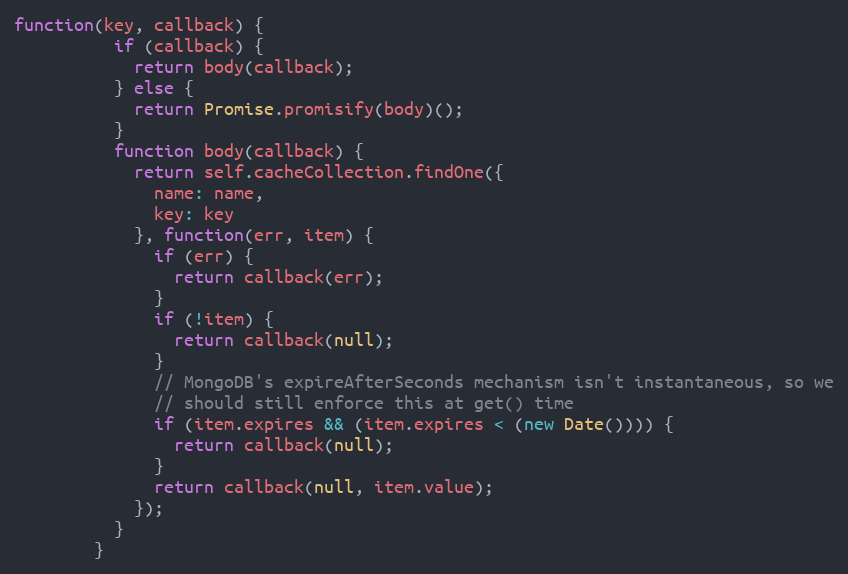
Language: JavaScript
function(key, callback) {
          if (callback) {
            return body(callback);
          } else {
            return Promise.promisify(body)();
          }
          function body(callback) {
            return self.cacheCollection.findOne({
              name: name,
              key: key
            }, function(err, item) {
              if (err) {
                return callback(err);
              }
              if (!item) {
                return callback(null);
              }
              // MongoDB's expireAfterSeconds mechanism isn't instantaneous, so we
              // should still enforce this at get() time
              if (item.expires && (item.expires < (new Date()))) {
                return callback(null);
              }
              return callback(null, item.value);
            });
          }
        }